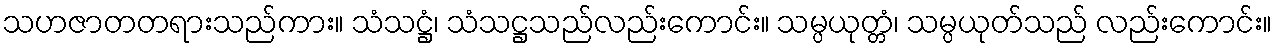
သဟဇာတတရားသည်ကား။ သံသဋ္ဌံ၊ သံသဋ္ဌသည်လည်းကောင်း။ သမ္ပယုတ္တံ၊ သမ္ပယုတ်သည် လည်းကောင်း။